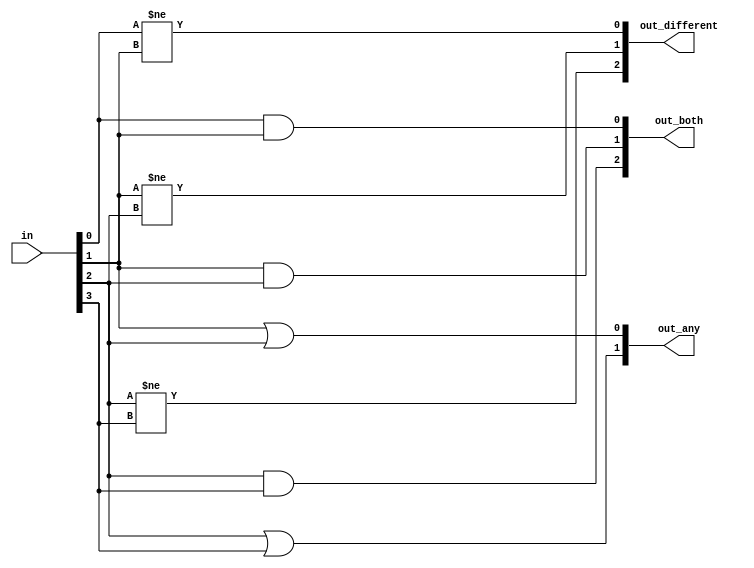
module top_module( 
    input [3:0] in,
    output [2:0] out_both,
    output [3:1] out_any,
    output [3:0] out_different );

    // Insert your code here

    always @(in) begin
        out_both[0] <= in[0] & in[1];
        out_both[1] <= in[1] & in[2];
        out_both[2] <= in[2] & in[3];
        out_any[0] <= in[0] | in[1];
        out_any[1] <= in[1] | in[2];
        out_any[2] <= in[2] | in[3];
        out_different[0] <= in[0] != in[1];
        out_different[1] <= in[1] != in[2];
        out_different[2] <= in[2] != in[3];
    end

endmodule